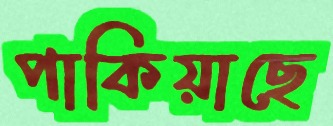
পাকিয়াছে